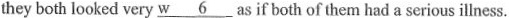
they both looked very \underline{w6} as if both of them had a serious illness.